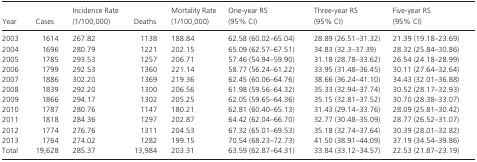
<table><thead><tr><td><b>Year</b></td><td><b>Cases</b></td><td><b>Incidence Rate (1/100,000)</b></td><td><b>Deaths</b></td><td><b>Mortality Rate (1/100,000)</b></td><td><b>One‐year RS (95% CI)</b></td><td><b>Three‐year RS (95% CI)</b></td><td><b>Five‐year RS (95% CI)</b></td></tr></thead><tbody><tr><td>2003</td><td>1614</td><td>267.82</td><td>1138</td><td>188.84</td><td>62.58 (60.02–65.04)</td><td>28.89 (26.51–31.32)</td><td>21.39 (19.18–23.69)</td></tr><tr><td>2004</td><td>1696</td><td>280.79</td><td>1221</td><td>202.15</td><td>65.09 (62.57–67.51)</td><td>34.83 (32.3–37.39)</td><td>28.32 (25.84–30.86)</td></tr><tr><td>2005</td><td>1785</td><td>293.53</td><td>1257</td><td>206.71</td><td>57.46 (54.94–59.90)</td><td>31.18 (28.78–33.62)</td><td>26.54 (24.18–28.99)</td></tr><tr><td>2006</td><td>1799</td><td>292.53</td><td>1360</td><td>221.14</td><td>58.77 (56.24–61.22)</td><td>33.95 (31.48–36.45)</td><td>30.11 (27.64–32.64)</td></tr><tr><td>2007</td><td>1886</td><td>302.20</td><td>1369</td><td>219.36</td><td>62.45 (60.06–64.76)</td><td>38.66 (36.24–41.10)</td><td>34.43 (32.01–36.88)</td></tr><tr><td>2008</td><td>1839</td><td>292.20</td><td>1300</td><td>206.56</td><td>61.98 (59.56–64.32)</td><td>35.33 (32.94–37.74)</td><td>30.52 (28.17–32.93)</td></tr><tr><td>2009</td><td>1866</td><td>294.17</td><td>1302</td><td>205.25</td><td>62.05 (59.65–64.36)</td><td>35.15 (32.81–37.52)</td><td>30.70 (28.38–33.07)</td></tr><tr><td>2010</td><td>1787</td><td>280.76</td><td>1147</td><td>180.21</td><td>62.81 (60.40–65.13)</td><td>31.43 (29.14–33.76)</td><td>28.09 (25.81–30.42)</td></tr><tr><td>2011</td><td>1818</td><td>284.36</td><td>1297</td><td>202.87</td><td>64.42 (62.04–66.70)</td><td>32.77 (30.48–35.09)</td><td>28.77 (26.52–31.07)</td></tr><tr><td>2012</td><td>1774</td><td>276.76</td><td>1311</td><td>204.53</td><td>67.32 (65.01–69.53)</td><td>35.18 (32.74–37.64)</td><td>30.39 (28.01–32.82)</td></tr><tr><td>2013</td><td>1764</td><td>274.02</td><td>1282</td><td>199.15</td><td>70.54 (68.23–72.73)</td><td>41.50 (38.91–44.09)</td><td>37.19 (34.54–39.86)</td></tr><tr><td>Total</td><td>19,628</td><td>285.37</td><td>13,984</td><td>203.31</td><td>63.59 (62.87–64.31)</td><td>33.84 (33.12–34.57)</td><td>22.53 (21.87–23.19)</td></tr></tbody></table>